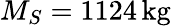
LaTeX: M_{S}=1124\, \mathrm{kg}